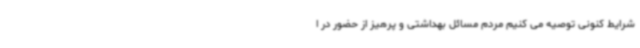
شرایط کنونی توصیه می کنیم مردم مسائل بهداشتی و پرهیز از حضور در ا